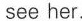
see her.